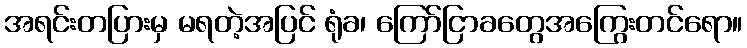
အရင်းတပြားမှ မရတဲ့အပြင် ရုံခ၊ ကြော်ငြာခတွေအကြွေးတင်ရော။